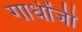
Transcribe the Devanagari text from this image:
गाधींजी